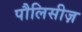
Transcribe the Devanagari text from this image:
पौलिसीज़